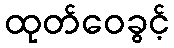
ထုတ်ဝေခွင့်